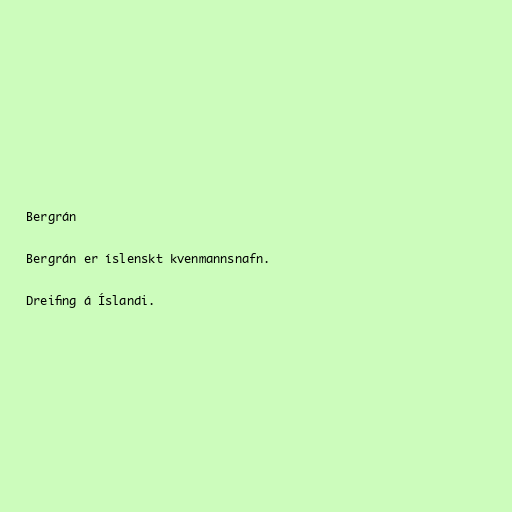
Bergrán

Bergrán er íslenskt kvenmannsnafn.

Dreifing á Íslandi.